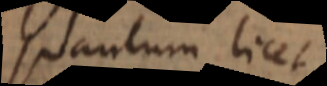
quantum licet